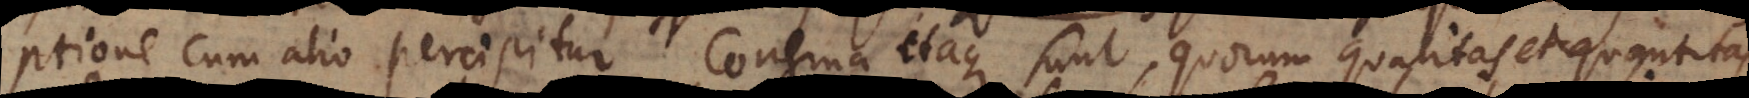
ptione cum alio percipitur. Congrua itaque sunt, quorum qualitas et quantitas